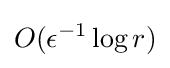
O(\epsilon ^{-1}\log {r})